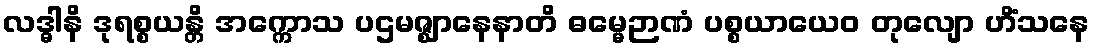
လဒ္ဓါနိ ဒုရစ္စယန္တိ အက္ကောသ ပဌမဇ္ဈာနေနာတိ ဓမ္မေဉာဏံ ပစ္စယာယေဝ တုလျော ဟိံသနေ